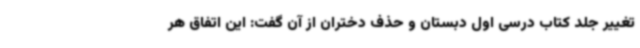
تغییر جلد کتاب درسی اول دبستان و حذف دختران از آن گفت: این اتفاق هر